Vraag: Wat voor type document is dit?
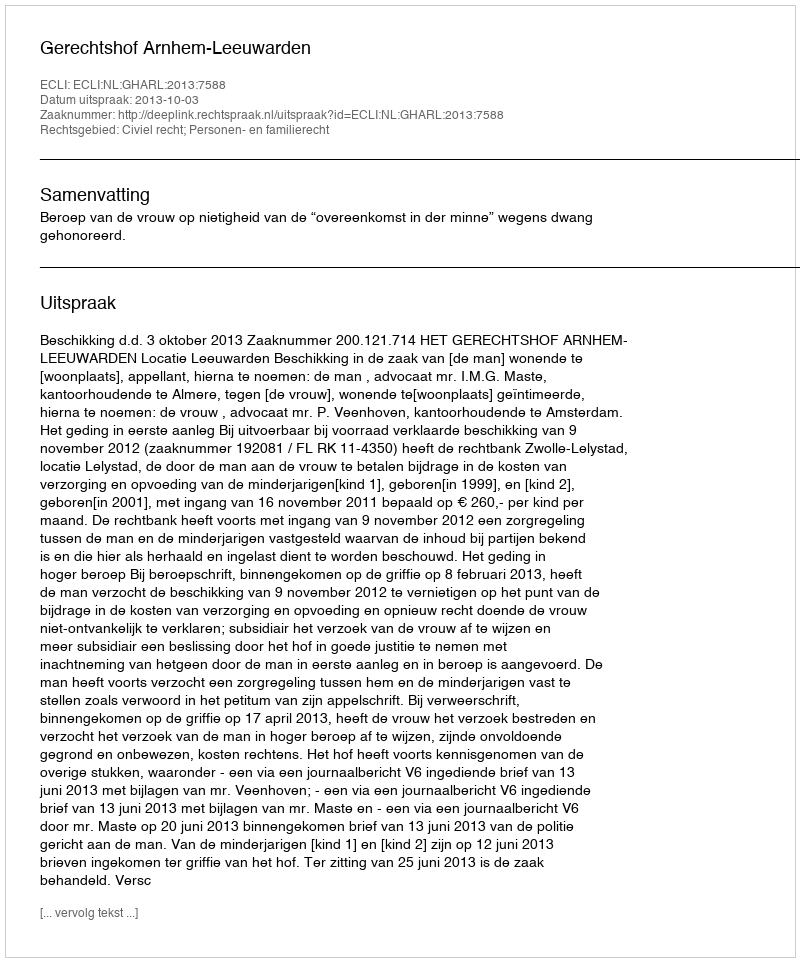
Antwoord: Uitspraak